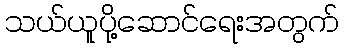
သယ်ယူပို့ဆောင်ရေးအတွက်